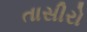
તાસીરો